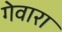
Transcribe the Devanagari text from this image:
गेवारा